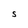
Character: S